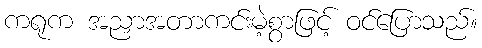
ကရုက အညှာအတာကင်းမဲ့စွာဖြင့် ဝင်ပြောသည်။